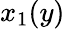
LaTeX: x_{1}(y)